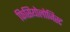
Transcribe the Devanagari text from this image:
फिसियोलोजिस्ट